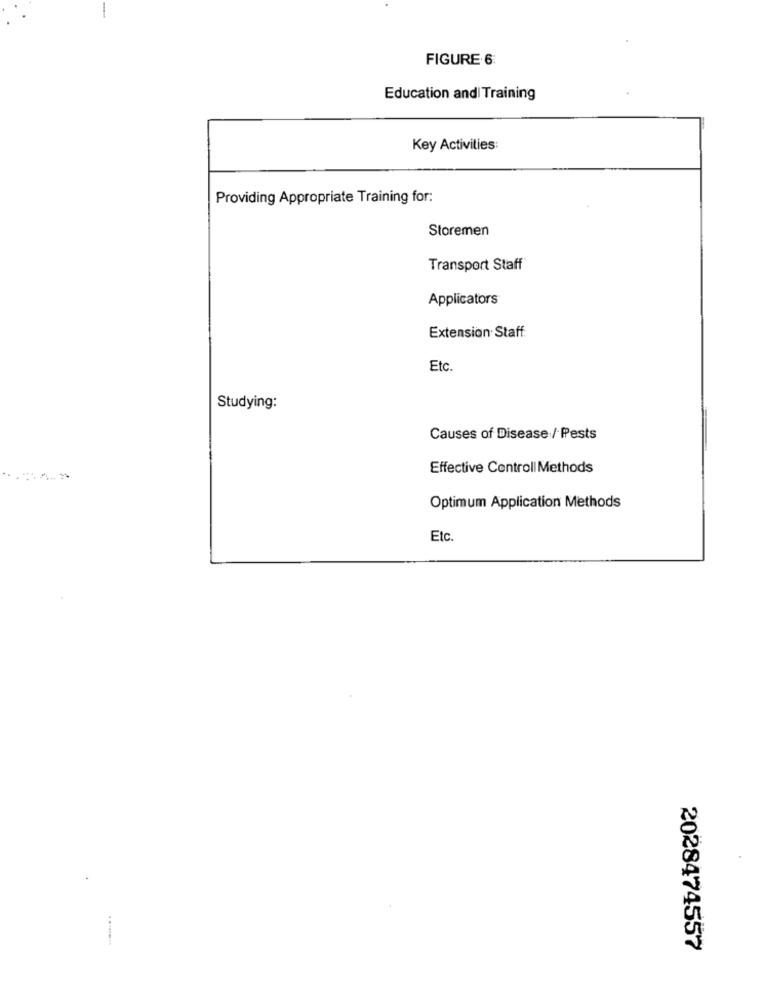
-
FIGURE 6:
Education and Training
Key Activities:
Providing Appropriate Training for:
Storemen
Transport Staff
Applicators
Extension· Staff
Etc.
Studying:
Causes of Disease / Pests
Effective Controll Methods
Optimum Application Methods
Etc.
2028474557